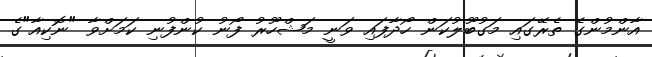
އާންމުންގެ ތެރޭގައި މަގުބޫލުކަން ހޯދާފައި ވަނީ މަޝްހޫރު ފޯނު ކުންފުނި ކަމަށްވާ "ނޮކިއާ"ގެ